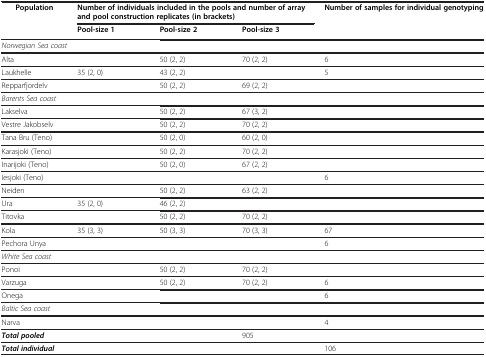
<table><thead><tr><td><b>Population</b></td><td colspan="3"><b>Number of individuals included in the pools and number of array and pool construction replicates (in brackets)</b></td><td><b>Number of samples for individual genotyping</b></td></tr><tr><td><b> </b></td><td><b>Pool-size 1</b></td><td><b>Pool-size 2</b></td><td><b>Pool-size 3</b></td><td><b> </b></td></tr></thead><tbody><tr><td><i>Norwegian Sea coast</i></td><td> </td><td> </td><td> </td><td> </td></tr><tr><td>Alta</td><td> </td><td>50 (2, 2)</td><td>70 (2, 2)</td><td>6</td></tr><tr><td>Laukhelle</td><td>35 (2, 0)</td><td>43 (2, 2)</td><td> </td><td>5</td></tr><tr><td>Repparfjordelv</td><td> </td><td>50 (2, 2)</td><td>69 (2, 2)</td><td> </td></tr><tr><td><i>Barents Sea coast</i></td><td> </td><td colspan="2"> </td><td> </td></tr><tr><td>Lakselva</td><td> </td><td>50 (2, 2)</td><td>67 (3, 2)</td><td> </td></tr><tr><td>Vestre Jakobselv</td><td> </td><td>50 (2, 2)</td><td>70 (2, 2)</td><td> </td></tr><tr><td>Tana Bru (Teno)</td><td> </td><td>50 (2, 0)</td><td>60 (2, 0)</td><td> </td></tr><tr><td>Karasjoki (Teno)</td><td> </td><td>50 (2, 2)</td><td>70 (2, 2)</td><td> </td></tr><tr><td>Inarijoki (Teno)</td><td> </td><td>50 (2, 0)</td><td>67 (2, 2)</td><td> </td></tr><tr><td>Iesjoki (Teno)</td><td> </td><td> </td><td> </td><td>6</td></tr><tr><td>Neiden</td><td> </td><td>50 (2, 2)</td><td>63 (2, 2)</td><td> </td></tr><tr><td>Ura</td><td>35 (2, 0)</td><td>46 (2, 2)</td><td> </td><td> </td></tr><tr><td>Titovka</td><td> </td><td>50 (2, 2)</td><td>70 (2, 2)</td><td> </td></tr><tr><td>Kola</td><td>35 (3, 3)</td><td>50 (3, 3)</td><td>70 (3, 3)</td><td>67</td></tr><tr><td>Pechora Unya</td><td> </td><td> </td><td> </td><td>6</td></tr><tr><td><i>White Sea coast</i></td><td> </td><td> </td><td> </td><td> </td></tr><tr><td>Ponoi</td><td> </td><td>50 (2, 2)</td><td>70 (2, 2)</td><td> </td></tr><tr><td>Varzuga</td><td> </td><td>50 (2, 2)</td><td>70 (2, 2)</td><td>6</td></tr><tr><td>Onega</td><td> </td><td> </td><td> </td><td>6</td></tr><tr><td><i>Baltic Sea coast</i></td><td> </td><td> </td><td> </td><td> </td></tr><tr><td>Narva</td><td> </td><td> </td><td> </td><td>4</td></tr><tr><td><b><i>Total pooled</i></b></td><td> </td><td> </td><td>905</td><td> </td></tr><tr><td><b><i>Total individual</i></b></td><td> </td><td> </td><td> </td><td>106</td></tr></tbody></table>